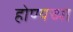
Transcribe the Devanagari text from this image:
होण्यच्या